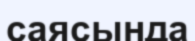
саясында